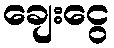
ချေးငွေ